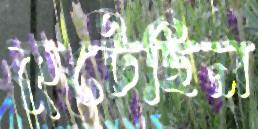
কুটেছিল